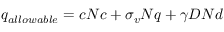
q _ { a l l o w a b l e } = c N c + \sigma _ { v } N q + \gamma D N d